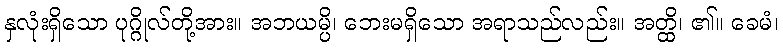
နှလုံးရှိသော ပုဂ္ဂိုလ်တို့အား။ အဘယမ္ပိ၊ ဘေးမရှိသော အရာသည်လည်း။ အတ္ထိ၊ ၏။ ခေမံ၊